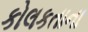
કોલકતાના